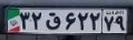
۳۲ق۶۲۲۷۹